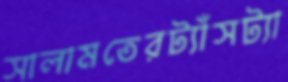
সালামতেরট্যাঁসট্যা